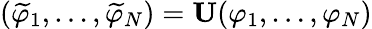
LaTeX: (\widetilde{\varphi}_{1},\ldots,\widetilde{\varphi}_{N})=\mathbf{U}(\varphi_{1},\ldots,\varphi_{N})